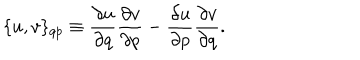
LaTeX: \{ u , v \} _ { q p } \equiv { \frac { \partial u } { \partial q } } { \frac { \partial v } { \partial p } } - { \frac { \partial u } { \partial p } } { \frac { \partial v } { \partial q } } .